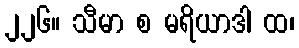
၂၂၆။ သီမာ စ မရိယာဒါ ထ၊